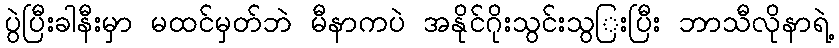
ပွဲပြီးခါနီးမှာ မထင်မှတ်ဘဲ မီနာကပဲ အနိုင်ဂိုးသွင်းသွြးပြီး ဘာသီလိုနာရဲ့